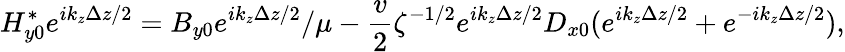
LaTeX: H_{y0}^{*}e^{ik_{z}\Delta z/2}=B_{y0}e^{ik_{z}\Delta z/2}/\mu-\frac{v}{2}\zeta^{-1/2}e^{ik_{z}\Delta z/2}D_{x0}(e^{ik_{z}\Delta z/2}+e^{-ik_{z}\Delta z/2}),